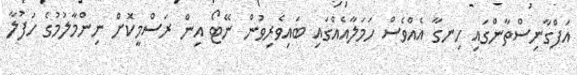
އަފްގާނިސްތާންގައި ހިނގާ އެއްވެސް ހަމަލާއެއްގައި ބައިވެރިވުން ނޭޓޯ އިން ރަސްމީކޮށް ނިންމާލުމުގެ ހަފުލާ